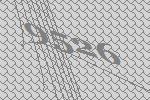
9526